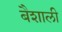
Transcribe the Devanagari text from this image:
बैशाली